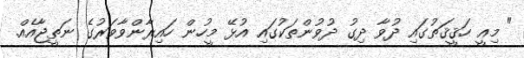
" މިއީ ހަޤީޤަތުގައި ދުވާ ދިގު ދުވުންތަކުގައި އުޅޭ މީހުން ހައިރާންވާވަރުގެ ނަތީޖާއެއް.